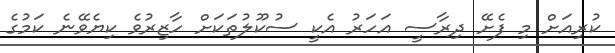
ކުރިއަށް މި ފެށޭ ދިރާސީ އަހަރު އެކީ ސުކޫލުތަކަށް ހާޒިރުވެ ކިޔެވޭނެ ކަމުގެ